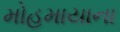
મોહમાયાના